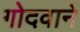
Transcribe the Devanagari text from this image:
गोदवाने